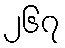
၂၆၇